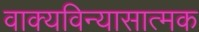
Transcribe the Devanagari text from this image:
वाक्यविन्यासात्मक